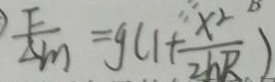
\frac { F } { \Delta m } = g ( 1 + \frac { x ^ { 2 } } { 2 h R } )